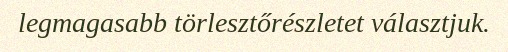
legmagasabb törlesztőrészletet választjuk.